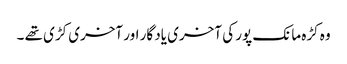
وہ کڑہ مانک پور کی آخری یاد گار اور آخری کڑی تھے ۔